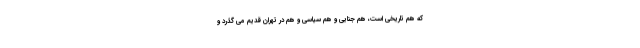
که هم تاریخی است، هم جنایی و هم سیاسی و هم در تهران قدیم می گذرد و